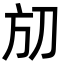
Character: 𣃗